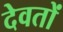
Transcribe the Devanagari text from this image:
देवतों